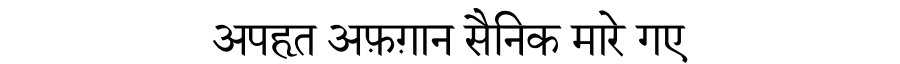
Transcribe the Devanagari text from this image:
अपहृत अफ़ग़ान सैनिक मारे गए